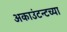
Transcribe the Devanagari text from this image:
अकाउंटन्टच्या